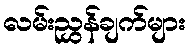
လမ်းညွှန်ချက်များ